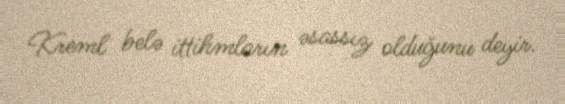
Kreml belə ittihmların əsassız olduğunu deyir.